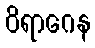
ဝိရာဂေန